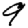
Digit: 9